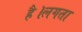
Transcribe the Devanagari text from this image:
है।लगता